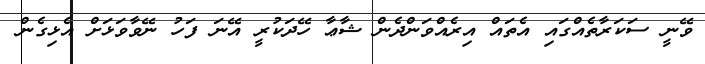
ވޭނީ ސަކަރާތެއްގައި އެތައް އިރެއްވަންދެން ޝާޢާ ހޭދަކުރީ އޭނަ ފަހު ނޭވާވަޅަށް އެޅިގެން